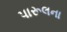
પારૂલના